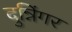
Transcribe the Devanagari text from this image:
दुन्निंगर